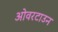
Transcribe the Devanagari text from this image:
ओवरटाउन